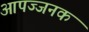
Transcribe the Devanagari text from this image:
आपज्जनक